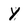
Character: y